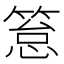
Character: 䈚